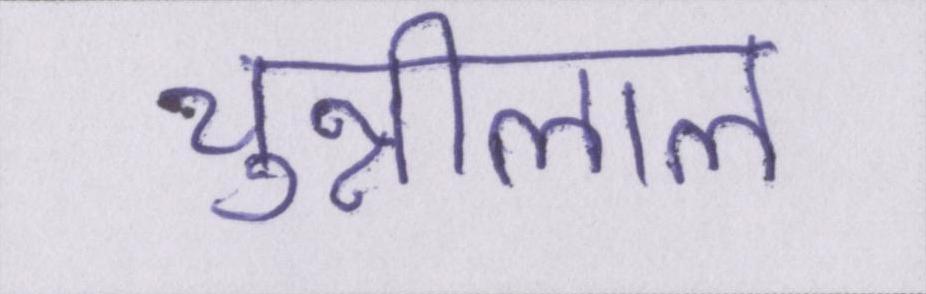
चुन्नीलाल